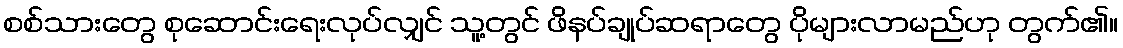
စစ်သားတွေ စုဆောင်းရေးလုပ်လျှင် သူ့တွင် ဖိနပ်ချုပ်ဆရာတွေ ပိုများလာမည်ဟု တွက်၏။